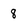
Character: 8